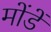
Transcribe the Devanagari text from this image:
मोंडें